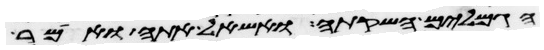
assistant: הגמלים השקתה ואשאל אתה ואמר